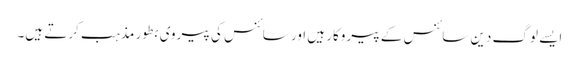
ایسے لوگ دینِ سائنس کے پیروکار ہیں اور سائنس کی پیروی بطور مذہب کرتے ہیں۔